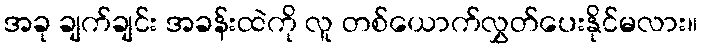
အခု ချက်ချင်း အခန်းထဲကို လူ တစ်ယောက်လွှတ်ပေးနိုင်မလား။